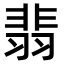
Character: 翡